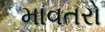
માવતરો